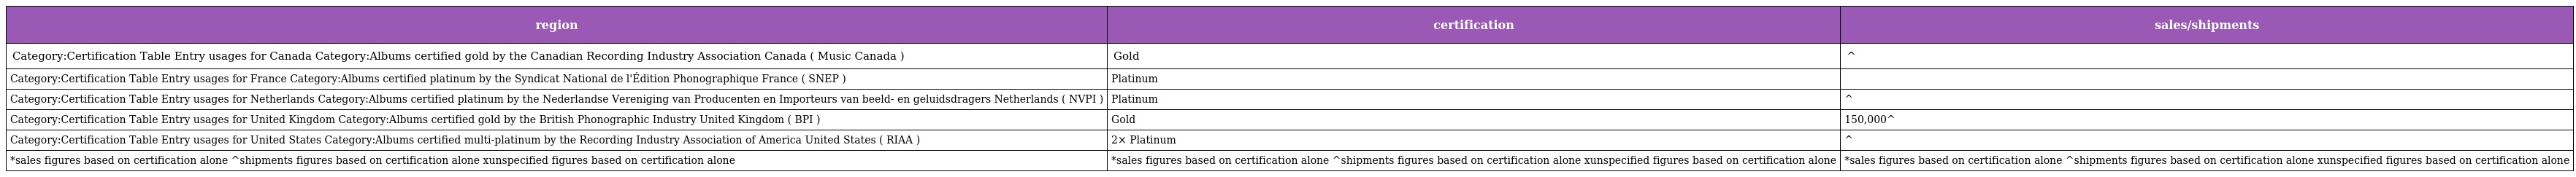
| region | certification | sales/shipments |
 | --- | --- | --- |
 | Category:Certification Table Entry usages for Canada Category:Albums certified gold by the Canadian Recording Industry Association Canada ( Music Canada ) | Gold | ^ |
 | Category:Certification Table Entry usages for France Category:Albums certified platinum by the Syndicat National de l'Édition Phonographique France ( SNEP ) | Platinum |  |
 | Category:Certification Table Entry usages for Netherlands Category:Albums certified platinum by the Nederlandse Vereniging van Producenten en Importeurs van beeld- en geluidsdragers Netherlands ( NVPI ) | Platinum | ^ |
 | Category:Certification Table Entry usages for United Kingdom Category:Albums certified gold by the British Phonographic Industry United Kingdom ( BPI ) | Gold | 150,000^ |
 | Category:Certification Table Entry usages for United States Category:Albums certified multi-platinum by the Recording Industry Association of America United States ( RIAA ) | 2× Platinum | ^ |
 | *sales figures based on certification alone ^shipments figures based on certification alone xunspecified figures based on certification alone | *sales figures based on certification alone ^shipments figures based on certification alone xunspecified figures based on certification alone | *sales figures based on certification alone ^shipments figures based on certification alone xunspecified figures based on certification alone |